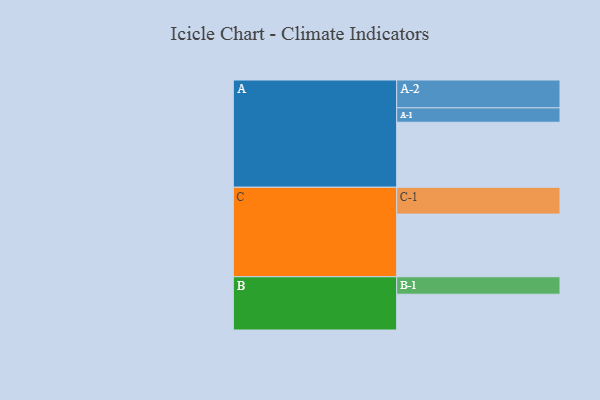
{"axis": {"x": "Segment", "y": "Value"}, "legend": ["", "A", "B", "C"], "data": [{"x": "A", "y": 586, "type": ""}, {"x": "B", "y": 323, "type": ""}, {"x": "C", "y": 565, "type": ""}, {"x": "A-1", "y": 130, "type": "A"}, {"x": "A-2", "y": 251, "type": "A"}, {"x": "B-1", "y": 157, "type": "B"}, {"x": "C-1", "y": 242, "type": "C"}]}